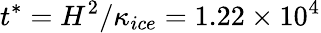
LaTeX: t^{*}=H^{2}/\kappa_{ice}=1.22\times 10^{4}